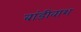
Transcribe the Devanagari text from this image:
बांडीवाश